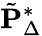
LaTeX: \tilde{\mathbf{P}}_{\Delta}^{\ast}